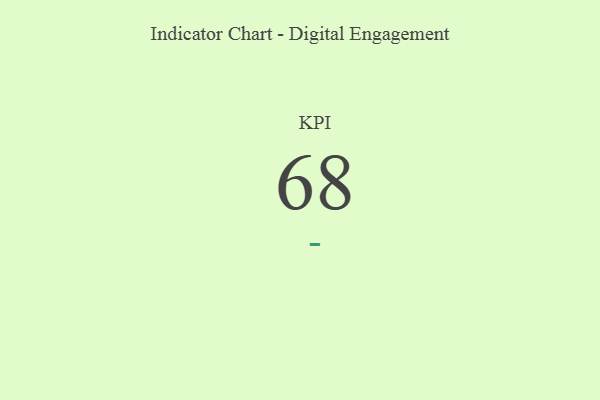
{"axis": {"x": "KPI", "y": "Value"}, "legend": [""], "data": [{"x": "KPI", "y": 68, "type": ""}]}